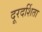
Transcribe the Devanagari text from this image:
दूरदर्शिता